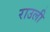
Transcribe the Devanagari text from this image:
राउली